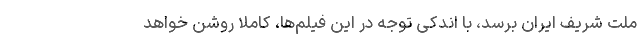
ملت شریف ایران برسد، با اندکی توجه در این فیلم‌ها، کاملا روشن خواهد